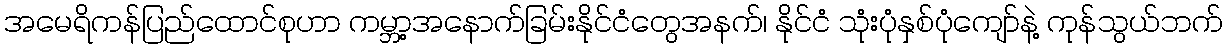
အမေရိကန်ပြည်ထောင်စုဟာ ကမ္ဘာ့အနောက်ခြမ်းနိုင်ငံတွေအနက်၊ နိုင်ငံ သုံးပုံနှစ်ပုံကျော်နဲ့ ကုန်သွယ်ဘက်